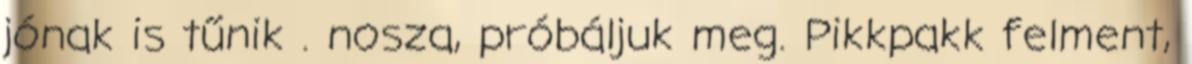
jónak is tűnik . nosza, próbáljuk meg. Pikkpakk felment,